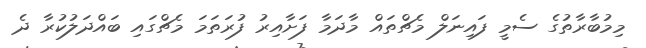
މިމުބާރާތުގެ ސެމީ ފައިނަލް މެޗްތައް މާދަމާ ފަށާއިރު ފުރަތަމަ މެޗްގައި ބައްދަލުކުރާ ދެ